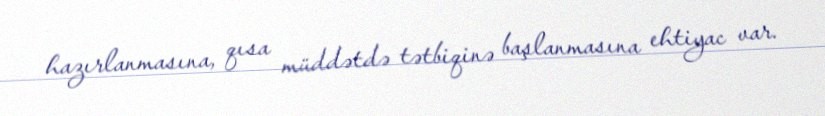
hazırlanmasına, qısa müddətdə tətbiqinə başlanmasına ehtiyac var.